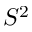
S ^ { 2 }